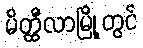
မိတ္ထီလာမြို့တွင်